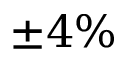
\pm 4 \%